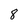
Character: 8